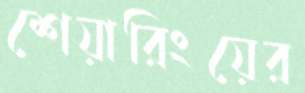
শেয়ারিংয়ের